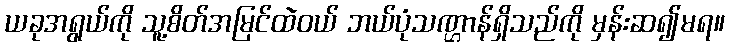
ယခုအရွယ်ကို သူ့စိတ်အမြင်ထဲဝယ် ဘယ်ပုံသဏ္ဌာန်ရှိသည်ကို မှန်းဆ၍မရ။